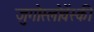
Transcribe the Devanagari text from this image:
जुगोस्लोवेंस्की